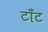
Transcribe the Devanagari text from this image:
टाँट